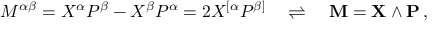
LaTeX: M ^ { \alpha \beta } = X ^ { \alpha } P ^ { \beta } - X ^ { \beta } P ^ { \alpha } = 2 X ^ { [ \alpha } P ^ { \beta ] } \quad \rightleftharpoons \quad \mathbf { M } = \mathbf { X } \wedge \mathbf { P } \, ,